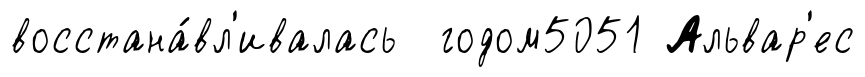
восстана́вл'ивалась годом5051 Альвар'ес